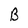
Character: B